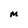
Character: M